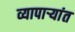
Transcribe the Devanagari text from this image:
व्यापाऱ्यांत